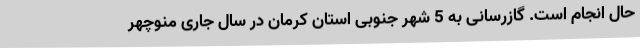
حال انجام است. گازرسانی به 5 شهر جنوبی استان کرمان در سال جاری منوچهر